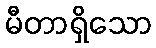
မီတာရှိသော